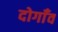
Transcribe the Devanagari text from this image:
दोगाँव